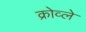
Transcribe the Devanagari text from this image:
क्रोव्ले